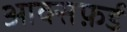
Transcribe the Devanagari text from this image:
आक्सफ़र्ड